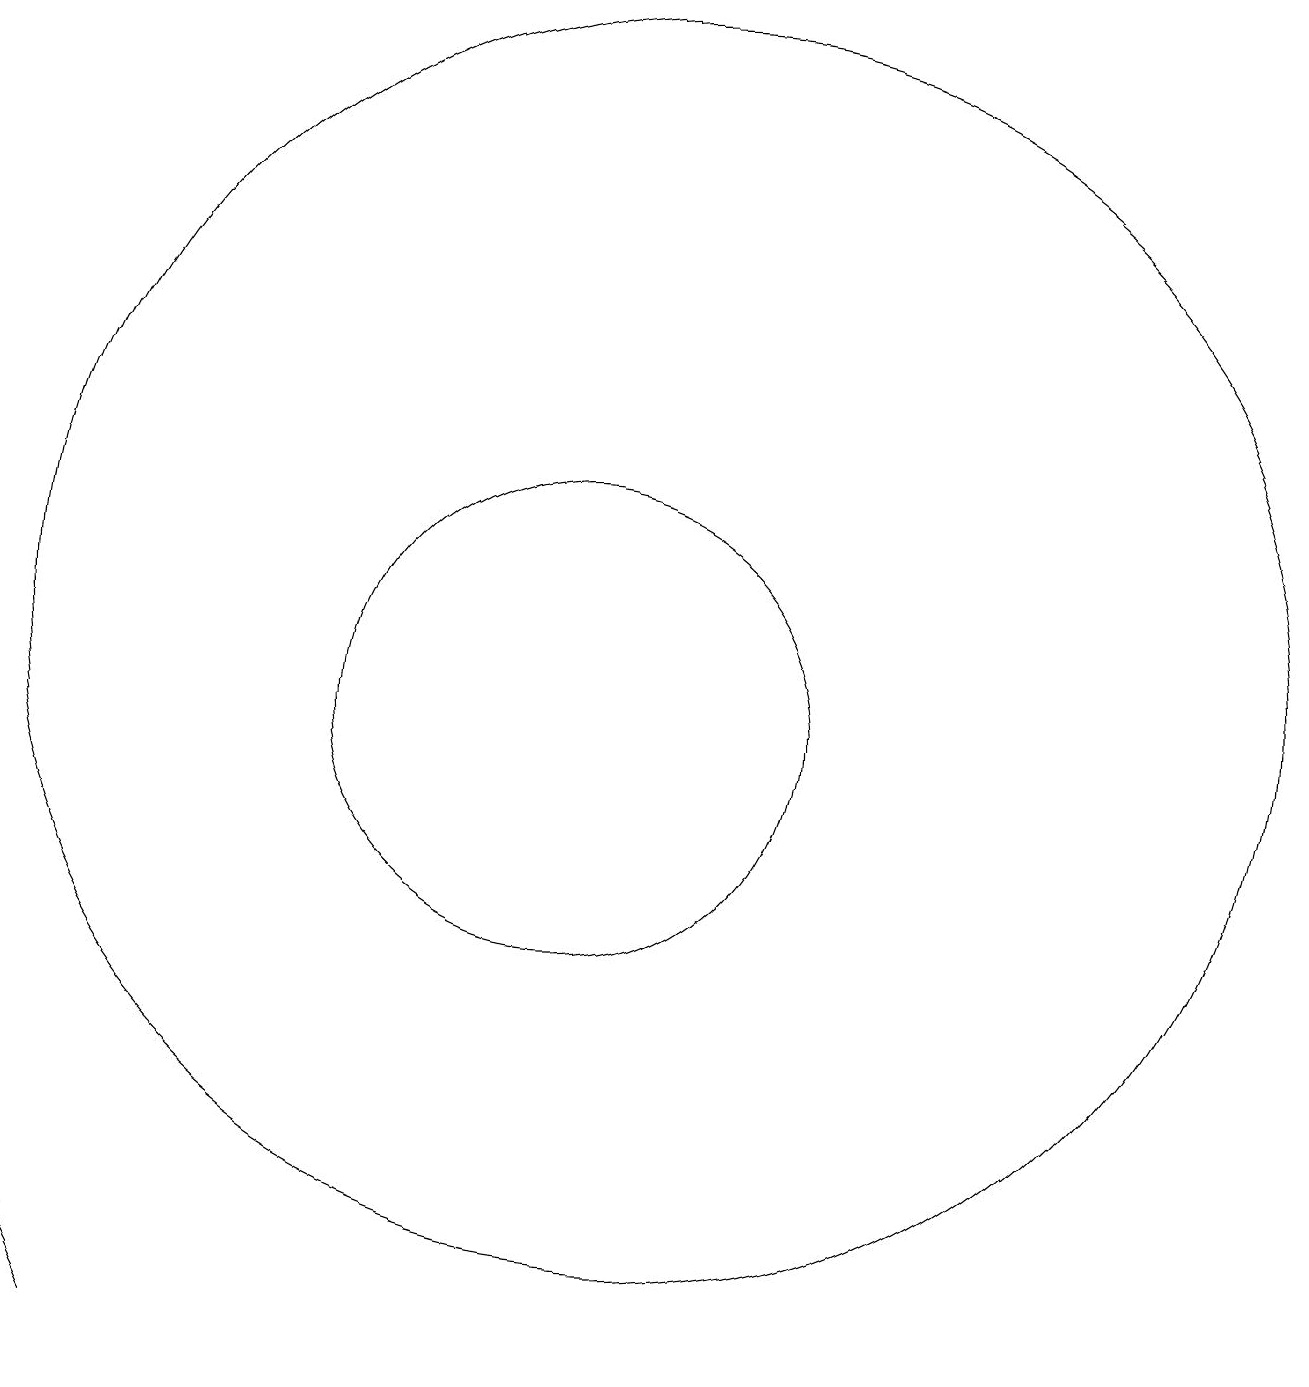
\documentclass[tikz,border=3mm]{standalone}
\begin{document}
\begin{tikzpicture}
\draw (4,4) -- (5,2) -- (5,2) -- cycle;
\draw (12,11) circle (8);
\draw (11,10) circle (3);
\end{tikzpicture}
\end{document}